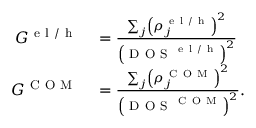
\begin{array} { r l } { G ^ { \mathrm { ~ e ~ l ~ / ~ h ~ } } } & { { } = \frac { \sum _ { j } \left( \rho _ { j } ^ { \mathrm { ~ e ~ l ~ / ~ h ~ } } \right) ^ { 2 } } { \left( \mathrm { ~ D ~ O ~ S ~ } ^ { \mathrm { ~ e ~ l ~ / ~ h ~ } } \right) ^ { 2 } } } \\ { G ^ { \mathrm { ~ C ~ O ~ M ~ } } } & { { } = \frac { \sum _ { j } \left( \rho _ { j } ^ { \mathrm { ~ C ~ O ~ M ~ } } \right) ^ { 2 } } { \left( \mathrm { ~ D ~ O ~ S ~ } ^ { \mathrm { ~ C ~ O ~ M ~ } } \right) ^ { 2 } } . } \end{array}